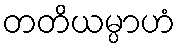
တတိယမ္ပာဟံ